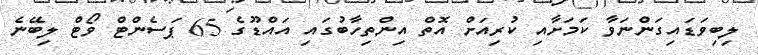
ލިބިވަޑައިގަންނަވާ ކަމަށާއި ކުރިއަށް އޮތް އިންތިހާބުގައި އައްޑޫގެ 65 ޕަސެންޓް ވޯޓް ލިބޭނެ